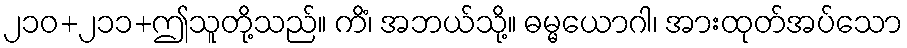
၂၁၀+၂၁၁+ဤသူတို့သည်။ ကိံ၊ အဘယ်သို့။ ဓမ္မယောဂါ၊ အားထုတ်အပ်သော